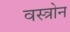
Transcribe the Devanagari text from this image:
वस्त्रोन